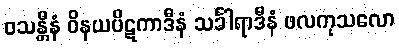
ဝသန္တီနံ ဝိနယပိဋကာဒီနံ သင်္ခါရာဒီနံ ဖလကုသလော